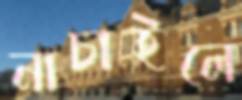
নাচাইলে